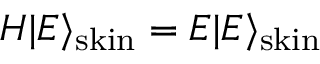
H | E \rangle _ { \mathrm { s k i n } } = E | E \rangle _ { \mathrm { s k i n } }